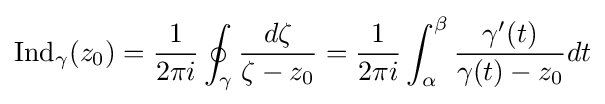
\mathrm {Ind} _{\gamma }(z_{0})={\frac {1}{2\pi i}}\oint _{\gamma }{\frac {d\zeta }{\zeta -z_{0}}}={\frac {1}{2\pi i}}\int _{\alpha }^{\beta }{\frac {\gamma '(t)}{\gamma (t)-z_{0}}}dt